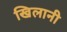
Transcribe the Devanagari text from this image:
खिलानी